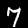
Digit: 7